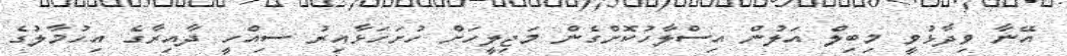
އޭނާ ވިދާޅުވީ މިބިލް އަލުން އިސްލާހުކޮށްގެން މަޖިލީހަށް ހުށަހަޅާއިރު ސިއްހީ ދާއިރާގެ އިހުމާލުގެ